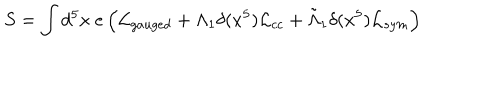
S = \int d ^ { 5 } x ~ e \left( { \cal L } _ { g a u g e d } + \Lambda _ { 1 } \delta ( x ^ { 5 } ) { \cal L } _ { c c } + \tilde { \Lambda } _ { 1 } \delta ( x ^ { 5 } ) { \cal L } _ { s y m } \right)